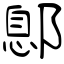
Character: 鄎